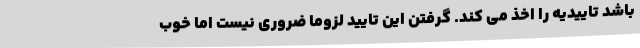
باشد تاییدیه را اخذ می کند. گرفتن این تایید لزوما ضروری نیست اما خوب